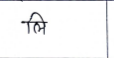
मजकूर: लि